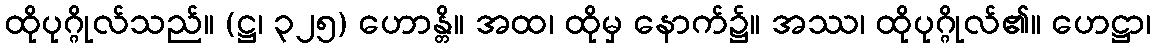
ထိုပုဂ္ဂိုလ်သည်။ (ဋ္ဌ၊ ၃၂၅) ဟောန္တိ။ အထ၊ ထိုမှ နောက်၌။ အဿ၊ ထိုပုဂ္ဂိုလ်၏။ ဟေဋ္ဌာ၊